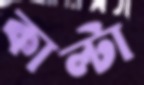
কাল্টা